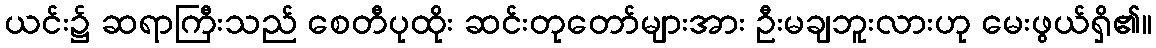
ယင်း၌ ဆရာကြီးသည် စေတီပုထိုး ဆင်းတုတော်များအား ဦးမချဘူးလားဟု မေးဖွယ်ရှိ၏။